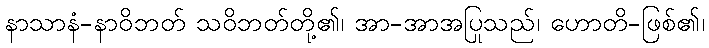
နာသာနံ-နာဝိဘတ် သဝိဘတ်တို့၏၊ အာ-အာအပြုသည်၊ ဟောတိ-ဖြစ်၏၊